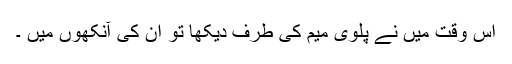
اس وقت میں نے پلوی میم کی طرف دیکھا تو ان کی آنکھوں میں ۔